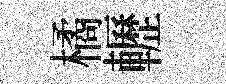
橘轣